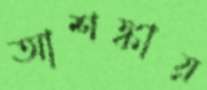
আশঙ্কায়